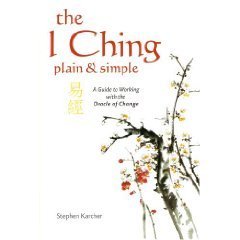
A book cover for The I Ching Plain and Simple - A Guide to Working with the Oracle of Change; Stephen Karcher; Religion & Spirituality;